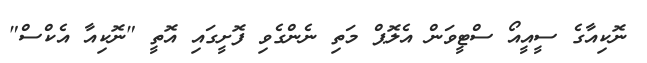
ނޮކިއާގެ ސީއީއޯ ސްޓީވަން އެލޮޕް މަތި ނެންގެވި ފޮށީގައި އޮތީ "ނޮކިއާ އެކްސް"